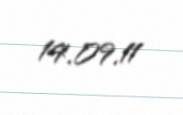
14.09.11